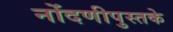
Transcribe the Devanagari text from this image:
नोंदणीपुस्तके